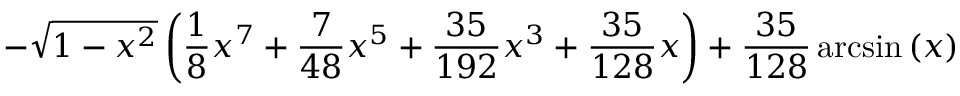
- \sqrt { 1 - x ^ { 2 } } \left( \frac { 1 } { 8 } x ^ { 7 } + \frac { 7 } { 4 8 } x ^ { 5 } + \frac { 3 5 } { 1 9 2 } x ^ { 3 } + \frac { 3 5 } { 1 2 8 } x \right) + \frac { 3 5 } { 1 2 8 } \arcsin \left( x \right)